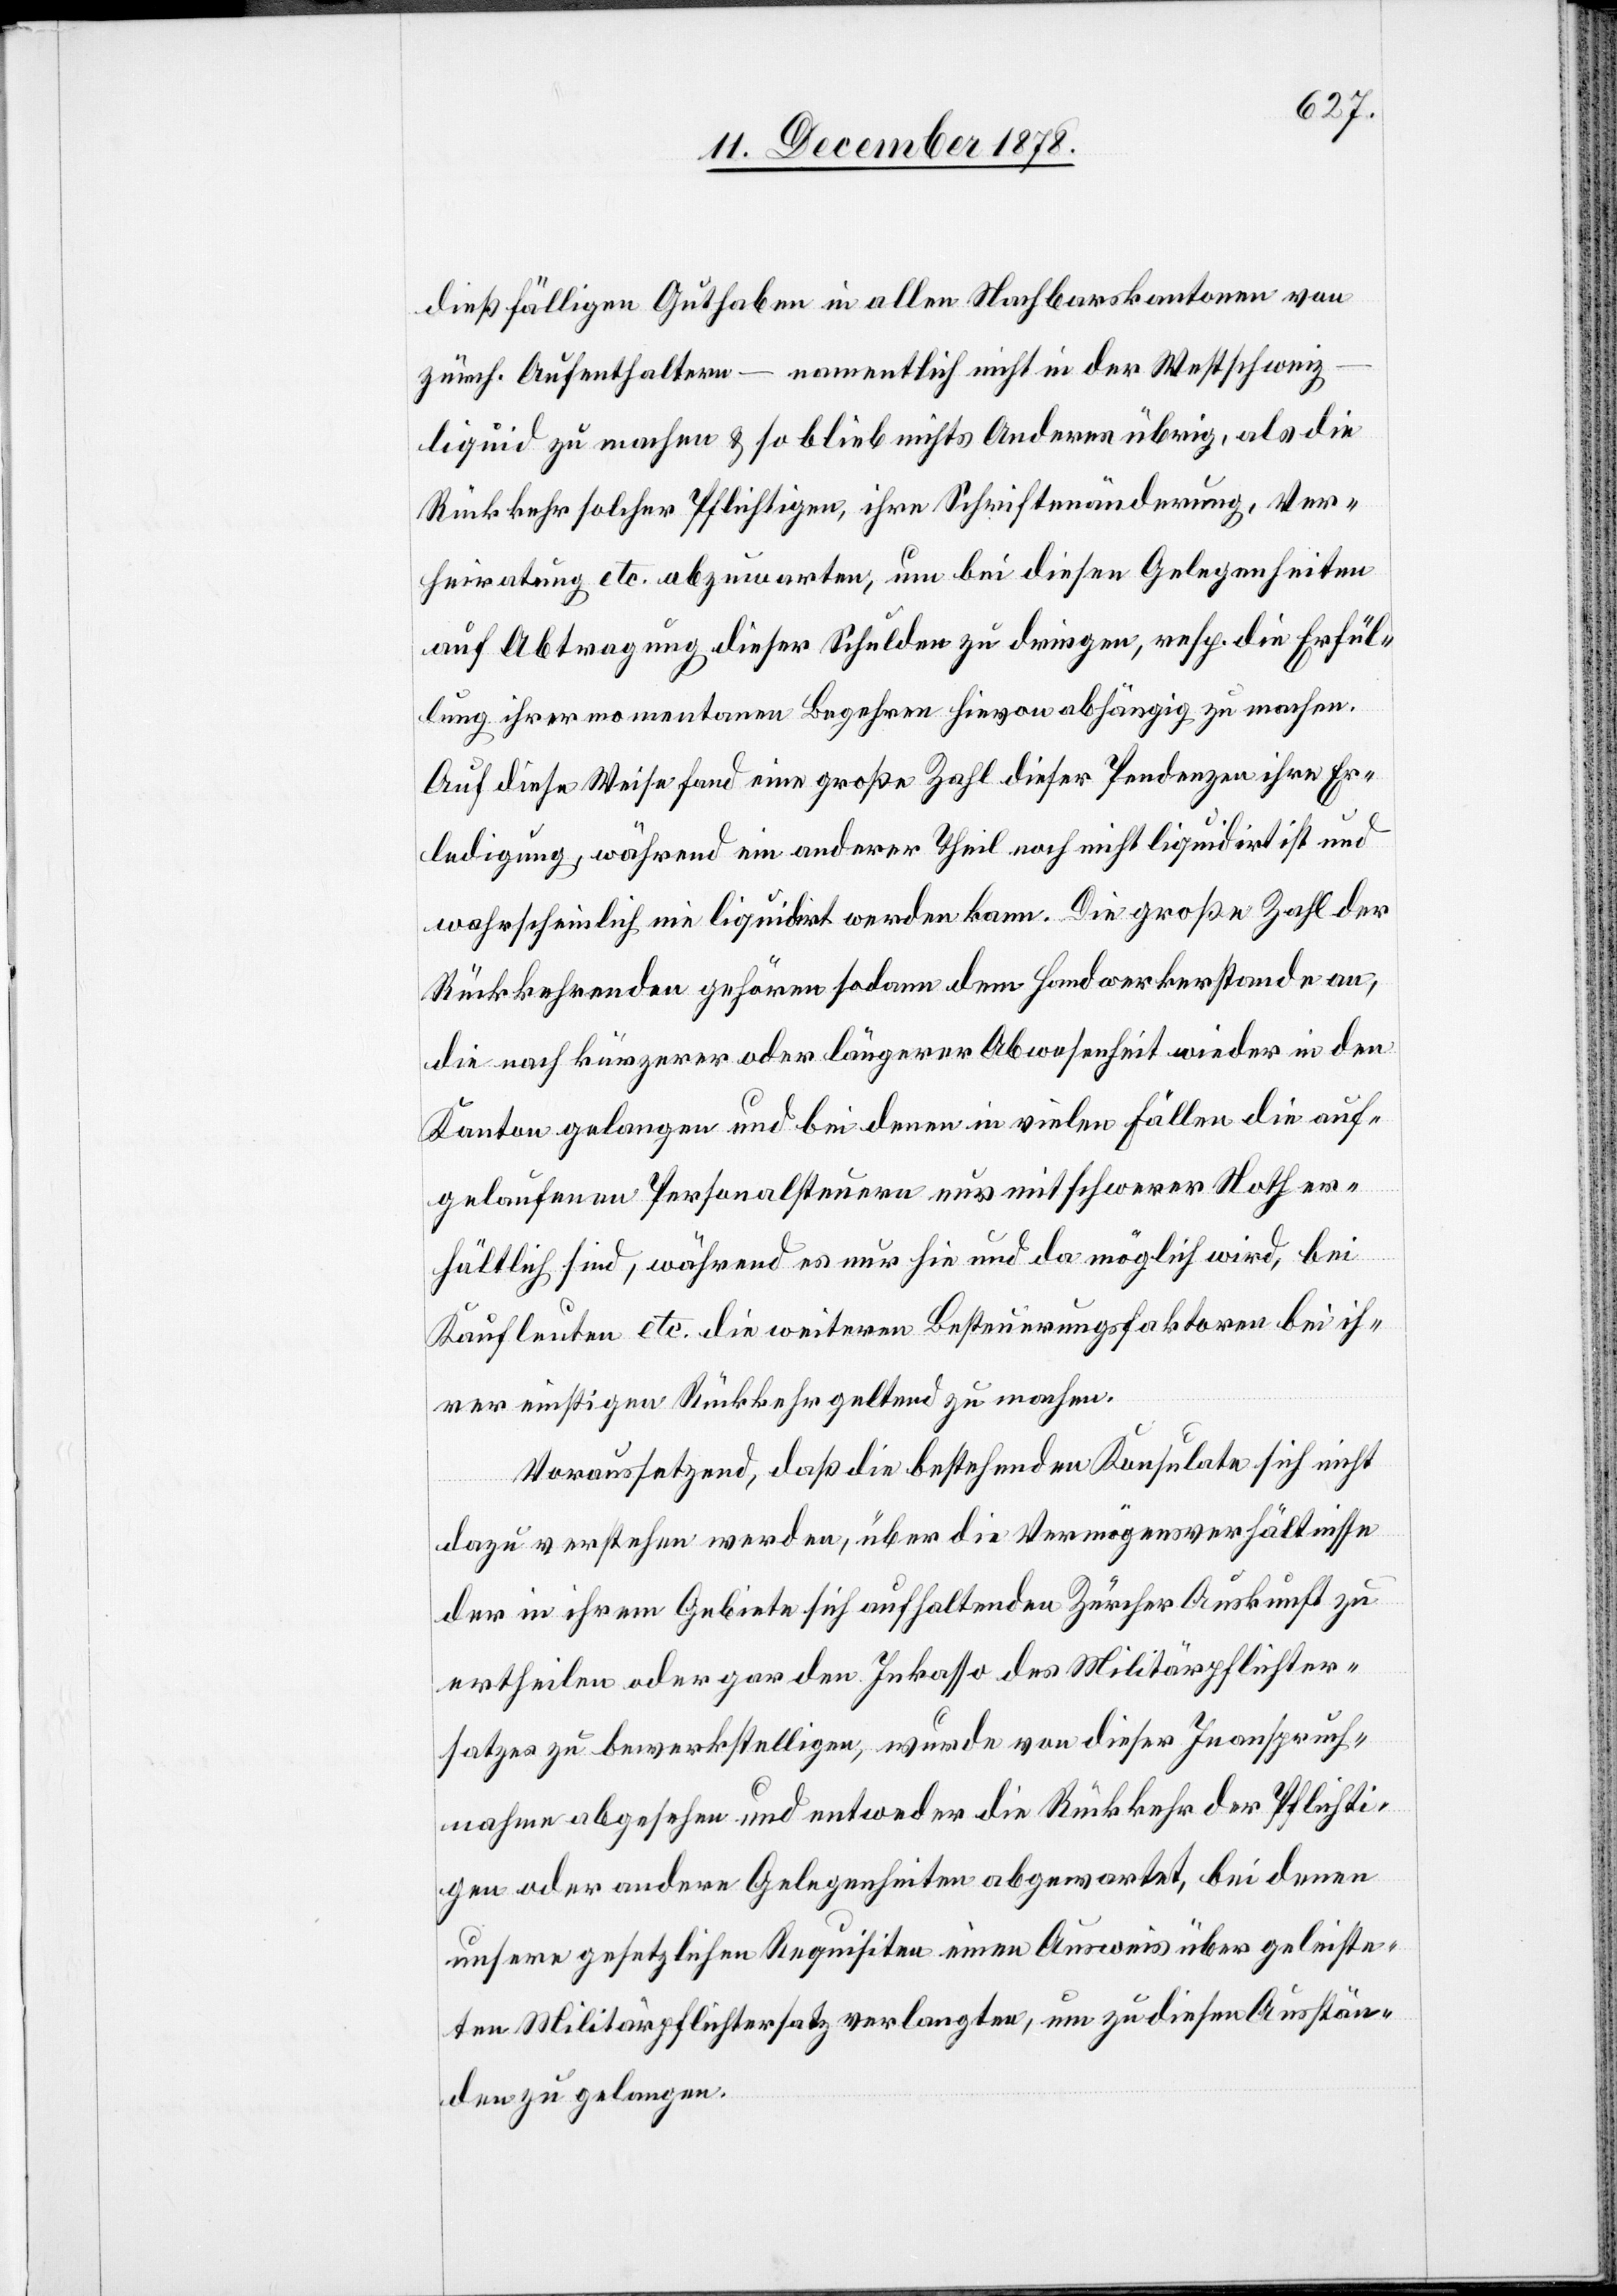
dießfälligen Guthaben in allen Nachbarskantonen von
zürch. Aufenthaltern – namentlich nicht in der Westschweiz
liquid zu machen & so blieb nichts Anderes übrig, als die
Rückkehr solcher Pflichtigen, ihre Schriftenänderung, Ver¬
heiratung etc. abzuwarten, um bei diesen Gelegenheiten
auf Abtragung dieser Schulden zu dringen, resp. die Erfül¬
lung ihrer momentanen Begehren hievon abhängig zu machen.
Auf diese Weise fand eine große Zahl dieser Pendenzen ihre Er¬
ledigung, während ein anderer Theil noch nicht liquidirt ist und
wahrscheinlich nie liquidiert werden kann. Die große Zahl der
Rückkehrenden gehören sodann dem Handwerkerstande an,
die nach kürzerer oder längerer Abwesenheit wieder in den
Kanton gelangen und bei denen in vielen Fällen die auf¬
gelaufenen Personalsteuern nur mit schwerer Noth er¬
hältlich sind, während es nur hie und da möglich wird, bei
Kaufleuten etc. die weitern Besteuerungsfaktoren bei ih¬
rer einstigen Rückkehr geltend zu machen.
Voraussetzend, daß die bestehenden Konsulate sich nicht
dazu verstehen werden, über die Vermögensverhältnisse
der in ihrem Gebiete sich aufhaltenden Zürcher Auskunft zu
ertheilen oder gar den Inkasso des Militärpflichter¬
satzes zu bewerkstelligen, wurde von dieser Inanspruch¬
nahme abgesehen und entweder die Rückkehr der Pflichti¬
gen oder andere Gelegenheiten abgewartet, bei denen
unsere gesetzlichen Requisiten einen Ausweis über geleiste¬
ten Militärpflichtersatz verlangten, um zu diesen Ausstän¬
den zu gelangen.